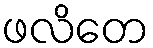
ဖလိတေ